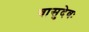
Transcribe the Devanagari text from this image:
वासुदेवः